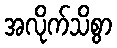
အလိုက်သိစွာ